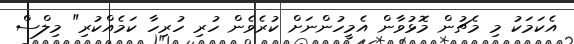
އެކަމަކު މި މެޗުން މޮޅުވާން އެމީހުންނަށް ކުރެވެން ހުރި ހުރިހާ ކަމެއްކުރި" މިލްސް